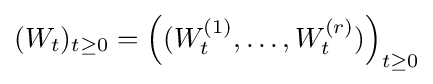
(W_{t})_{t\geq 0}=\left((W_{t}^{(1)},\dots ,W_{t}^{(r)})\right)_{t\geq 0}